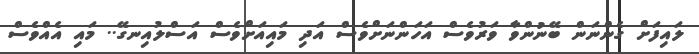
ލައިފަށް ގެންނަން ބޭނުންވާ ވަރުވެސް އަހަންނަށްވެސް އަދި މައިއަށްވެސް އަސްލުއިނގޭ.. މައި އެއްވެސް